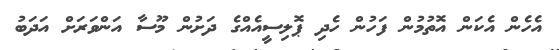
އެހެން އެކަން އޮތުމުން ފަހުން ހެދި ޕޮލިސީއެއްގެ ދަށުން މޫސާ އަންވަރަށް އަދަބު